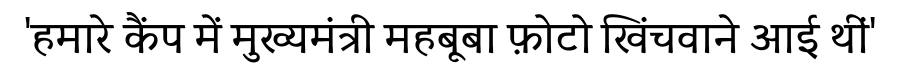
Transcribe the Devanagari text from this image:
'हमारे कैंप में मुख्यमंत्री महबूबा फ़ोटो खिंचवाने आई थीं'